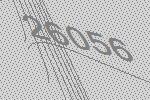
26056